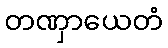
တဏှာယေတံ